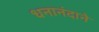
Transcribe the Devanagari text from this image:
धनानंदाने